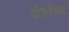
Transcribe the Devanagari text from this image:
पौरुशिष्ट